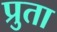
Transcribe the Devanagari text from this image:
प्रुता